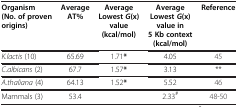
| Organism (No. of proven origins) | Average AT% | Average Lowest G(x) value (kcal/mol) | Average Lowest G(x) value in 5 Kb context (kcal/mol) | Reference |
 | --- | --- | --- | --- | --- |
 | K.lactis (10) | 65.69 | 1.71* | 4.05 | [45] |
 | C.albicans (2) | 67.7 | 1.57* | 3.13 | ** |
 | A.thaliana (4) | 64.13 | 1.52* | 5.52 | [46] |
 | Mammals (3) | 53.4 |  | 2.33# | [48-50] |